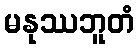
မနုဿဘူတံ